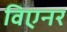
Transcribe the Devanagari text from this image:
विएनर